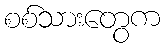
စစ်သားတွေက